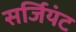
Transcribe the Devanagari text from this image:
सर्जियंट